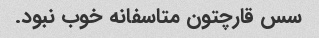
سس قارچتون متاسفانه خوب نبود.